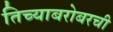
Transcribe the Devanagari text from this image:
तिच्याबरोबरची